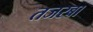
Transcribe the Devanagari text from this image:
तजरबा